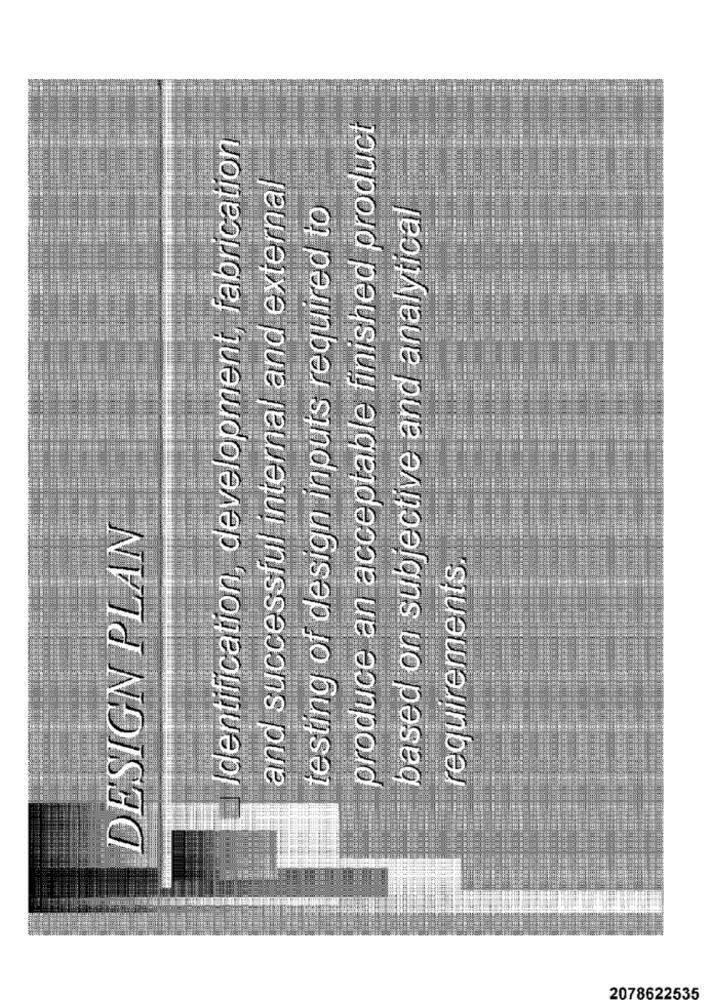
produce an acceptable finished product
Identification, development, fabrication
and successful internal and external
testing of design inputs required to
based on subjective and analytical
DESIGN PLAN
requirements
2078622535